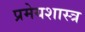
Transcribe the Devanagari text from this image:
प्रमेयशास्त्र